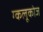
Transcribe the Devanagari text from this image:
ग्कलूकोज